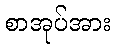
စာအုပ်အား